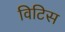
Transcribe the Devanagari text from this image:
विटिस